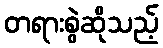
တရားစွဲဆိုသည့်